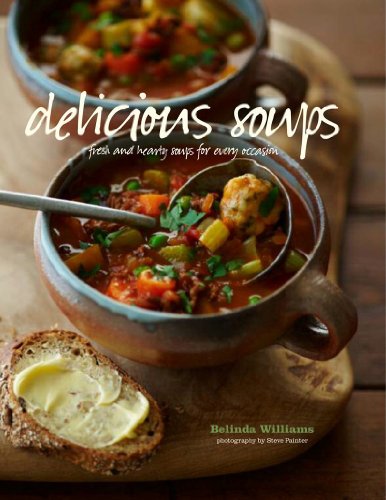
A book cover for Delicious Soups: Glorious Recipes for Fresh and Hearty Soups for Every Occasion; Belinda Williams; Cookbooks, Food & Wine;